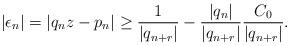
LaTeX: \begin{align*} | \epsilon_n | = | q_n z - p_n | \geq \frac{1}{| q_{n + r} |} - \frac{| q_n |}{| q_{n + r} |}\frac{C_0}{| q_{n + r} |}. \end{align*}